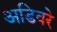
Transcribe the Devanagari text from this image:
अडिवरे